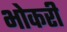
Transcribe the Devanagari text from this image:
भोकरी